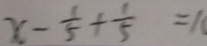
x - \frac { 1 } { 5 } + \frac { 1 } { 5 } = 1